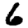
Digit: 6